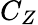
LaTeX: C_{Z}